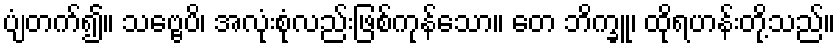
ပျံတက်၍။ သဗ္ဗေပိ၊ အလုံးစုံလည်းဖြစ်ကုန်သော။ တေ ဘိက္ခူ၊ ထိုရဟန်းတို့သည်။